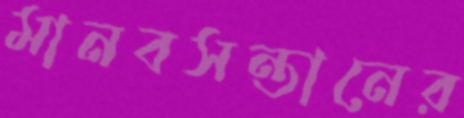
মানবসন্তানের